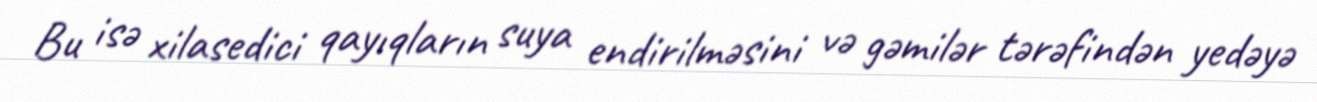
Bu isə xilasedici qayıqların suya endirilməsini və gəmilər tərəfindən yedəyə